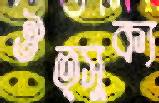
ঔত্সুক্য